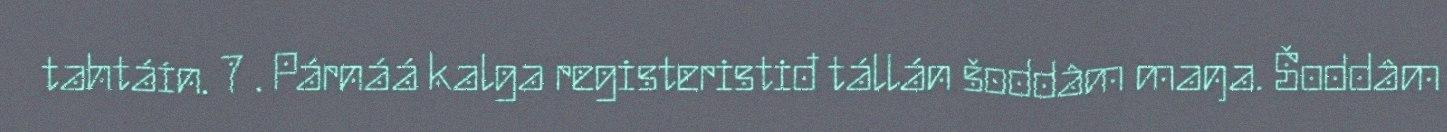
tahtáin. 7 . Párnáá kalga registeristiđ tállán šoddâm maŋa. Šoddâm